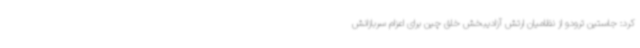
کرد: جاستین ترودو از نظامیان ارتش آزادیبخش خلق چین برای اعزام سربازانش